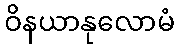
ဝိနယာနုလောမံ